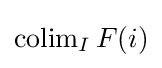
\operatorname {colim} _{I}F(i)